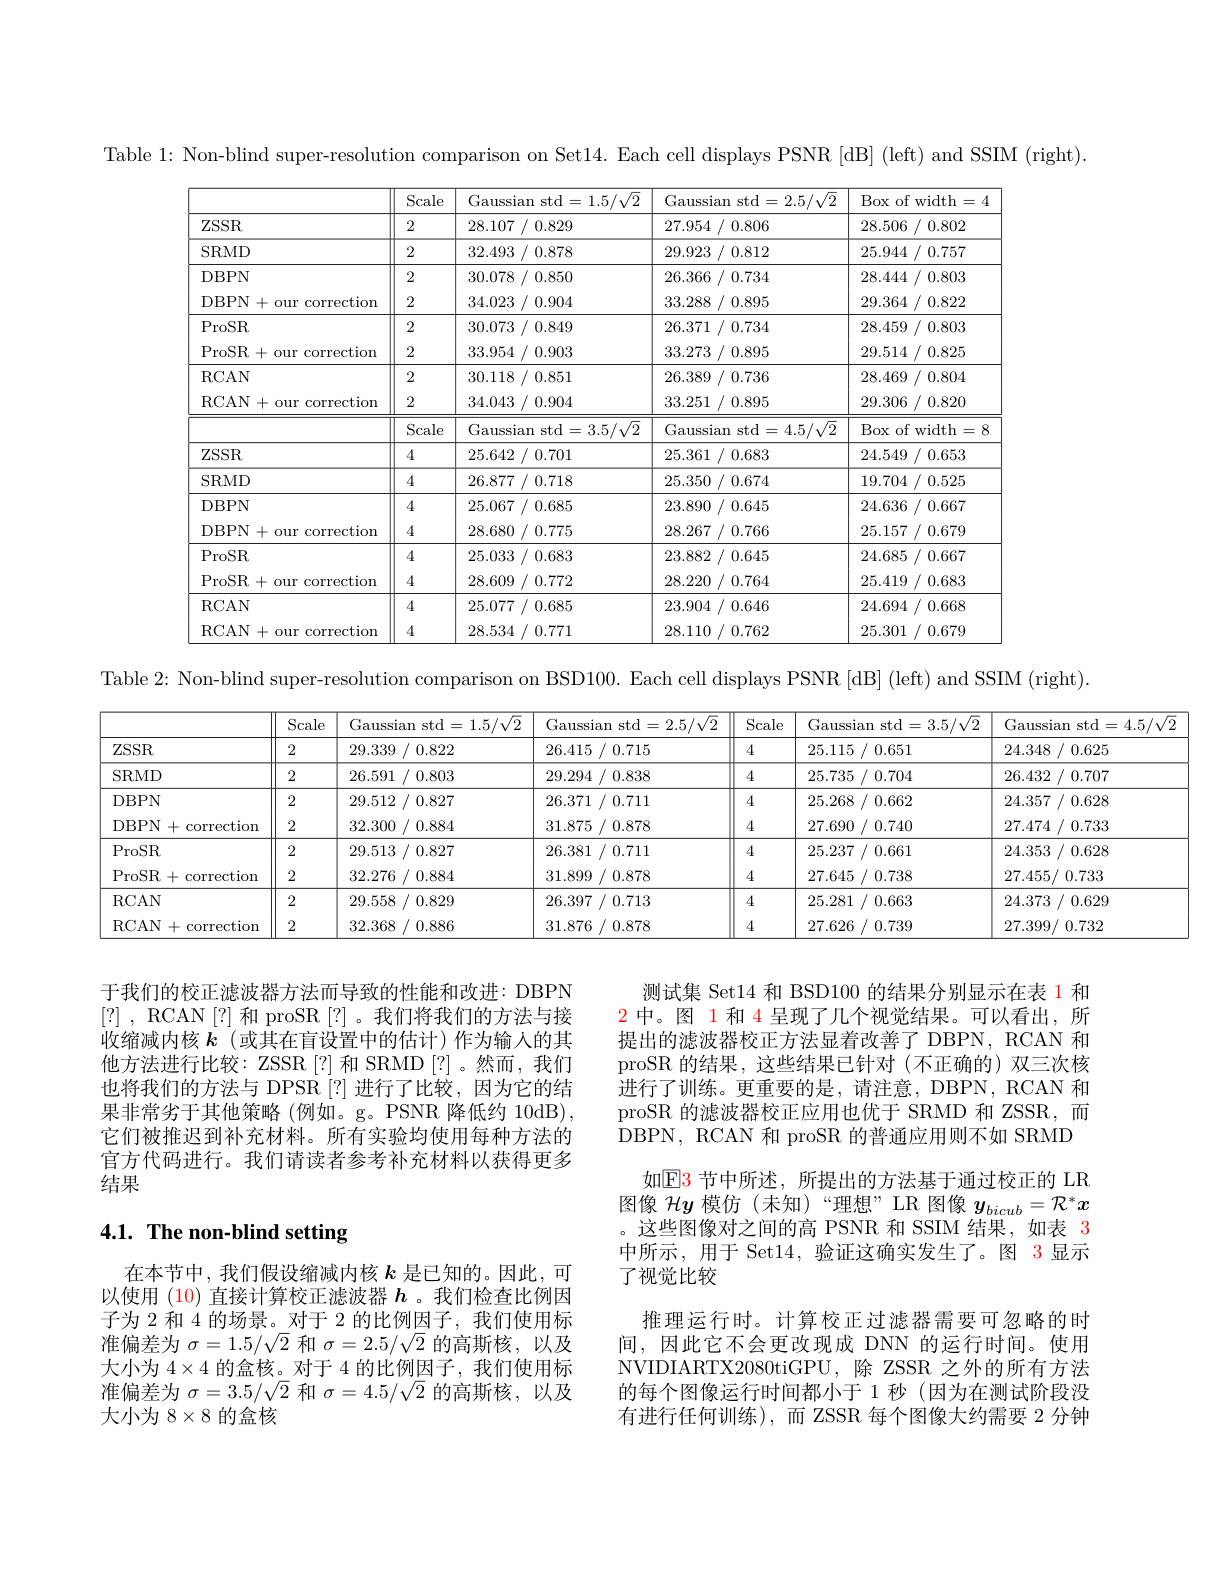
Table 1: Non-blind super-resolution comparison on Set14. Each cell displays PSNR [dB] (left) and SSIM (right).

<table>
	<tbody>
		<tr>
			<th> </th>
			<th>Scale</th>
			<th>Gaussian std$=1.5/\sqrt2$</th>
			<th>Gaussian std$=2.5/\sqrt2$</th>
			<th>Box of width 1= ,</th>
		</tr>
		<tr>
			<td>$ZSSR$</td>
			<td>2</td>
			<td>28.107 7 / 0.829</td>
			<td>27.954 / 0.806</td>
			<td>28.506 {}{}{}{}{}{}{}{}{}{}{}{}{}{}</td>
		</tr>
		<tr>
			<td>SRMD</td>
			<td>2</td>
			<td>32.493 / 0.878</td>
			<td>29.923 / 0.812</td>
			<td>25.944 / 0.757</td>
		</tr>
		<tr>
			<td>DBPN</td>
			<td>2</td>
			<td>30.078 / 0.850</td>
			<td>26.366 6 / 0.734</td>
			<td>28.444 / 0.803</td>
		</tr>
		<tr>
			<td>DBPN+ our correction</td>
			<td>2</td>
			<td>34.023 / 0.904</td>
			<td>33.288 / 0.895</td>
			<td>29.364 1/ 0.822</td>
		</tr>
		<tr>
			<td>ProSR</td>
			<td>2</td>
			<td>30.073 : / 0.849</td>
			<td>26.371 1 / 0.734</td>
			<td>28.459 / 0.803</td>
		</tr>
		<tr>
			<td>ProSR+our correction</td>
			<td>2</td>
			<td>33.954 / 0.903</td>
			<td>33.273 / 0.895</td>
			<td>29.514 4 / 0.825</td>
		</tr>
		<tr>
			<td>RCAN</td>
			<td>2</td>
			<td>30.118 $s$ / 0.851</td>
			<td>26.389 / 0.736</td>
			<td>28.469 / 0.804</td>
		</tr>
		<tr>
			<td>RCAN+ our correction</td>
			<td>2</td>
			<td>34.043 / 0.904</td>
			<td>33.251 / 0.895</td>
			<td>29.306 5 / 0.820</td>
		</tr>
		<tr>
			<td> </td>
			<td>Scale</td>
			<td>Gaussian std$=3.5/\sqrt2$</td>
			<td>Gaussian std= 4. 5/ $\sqrt {2}$</td>
			<td>Box of v width =</td>
		</tr>
		<tr>
			<td>$ZSSR$</td>
			<td>4</td>
			<td>25.642 2 / 0.701</td>
			<td>25.361 / 0.683</td>
			<td>24.549 / 0.653</td>
		</tr>
		<tr>
			<td>SRMD</td>
			<td>4</td>
			<td>26.877 / 0.718</td>
			<td>25.350 / 0.674</td>
			<td>19.704 / 0.525</td>
		</tr>
		<tr>
			<td>DBPN</td>
			<td>4</td>
			<td>25.067 / 0.685</td>
			<td>23.890 / 0.645</td>
			<td>$24.636~/~0.667$</td>
		</tr>
		<tr>
			<td>DBPN+ our correction</td>
			<td>4</td>
			<td>28.680 / 0.775</td>
			<td>28.267 / 0.766</td>
			<td>25.157 / 0.679</td>
		</tr>
		<tr>
			<td>ProSR</td>
			<td>4</td>
			<td>25.033 / 0.683</td>
			<td>23.882 / 0.645</td>
			<td>24.685 / 0.667</td>
		</tr>
		<tr>
			<td>ProSR+our correction</td>
			<td>4</td>
			<td>28.609 / 0.772</td>
			<td>28.220 / 0.764</td>
			<td>25.419 / 0.683</td>
		</tr>
		<tr>
			<td>RCAN</td>
			<td>4</td>
			<td>25.077 / 0.685</td>
			<td>23.904 / 0.646</td>
			<td>24.694 / 0.668</td>
		</tr>
		<tr>
			<td>RCAN 1+ r correction our</td>
			<td>4</td>
			<td>28.534 11 0.771</td>
			<td>28.110 1 0.762</td>
			<td>0.679 25.301</td>
		</tr>
	</tbody>
</table>

Table 2: Non-blind super-resolution comparison on BSD100. Each cell displays PSNR [dB] (left) and SSIM (right).

<table>
	<tbody>
		<tr>
			<th> </th>
			<th>Scale</th>
			<th>Gaussian</th>
			<th>std = $1.5/{\sqrt{2}}$ </th>
			<th>Gaussian std$=2.5/\sqrt2$</th>
			<th>Scale</th>
			<th>Gaussian std= 3. 5/ $\sqrt {2}$ $1^{\prime}$,</th>
			<th>Gaussian s std= 4. 5</th>
		</tr>
		<tr>
			<td>$ZSSR$</td>
			<td>2</td>
			<td>29.339</td>
			<td>0.822</td>
			<td>26.415 / 0.715</td>
			<td>4</td>
			<td>25.115 / 0.651</td>
			<td>24.348 / 0.625</td>
		</tr>
		<tr>
			<td>SRMD</td>
			<td>2</td>
			<td>26.591</td>
			<td>0.803</td>
			<td>29.294 / 0.838</td>
			<td>4</td>
			<td>25.735 5 / 0.704</td>
			<td>26.432 2 / 0.707</td>
		</tr>
		<tr>
			<td>DBPN</td>
			<td>2</td>
			<td>29.512</td>
			<td>0.827</td>
			<td>26.371 1 0.711</td>
			<td>4</td>
			<td>25.268 / 0.662</td>
			<td>24.357 / 0.628</td>
		</tr>
		<tr>
			<td>DBPN $I+c$ 1 $\operatorname{correction}$</td>
			<td>2</td>
			<td>32.300</td>
			<td>0.884</td>
			<td>31.875 / 0.878</td>
			<td>4</td>
			<td>27.690 / 0.740</td>
			<td>27.474 / 0.733</td>
		</tr>
		<tr>
			<td>ProSR</td>
			<td>2</td>
			<td>29.513</td>
			<td>0.827</td>
			<td>26.381 11 0.711</td>
			<td>4</td>
			<td>25.237 / 0.661</td>
			<td>24.353 / 0.628</td>
		</tr>
		<tr>
			<td>ProSR$+ c$ correction</td>
			<td>2</td>
			<td>32.276</td>
			<td>0.884</td>
			<td>31.899 / 0.878</td>
			<td>4</td>
			<td>27.645 / 0.738</td>
			<td>27.455/ 0.733</td>
		</tr>
		<tr>
			<td>RCAN</td>
			<td>2</td>
			<td>29.558</td>
			<td>0.829</td>
			<td>26.397 7 / 0.713</td>
			<td>4</td>
			<td>25.281 / 0.663</td>
			<td>24.373 / 0.629</td>
		</tr>
		<tr>
			<td>RCAN correctiom +</td>
			<td>2</td>
			<td>32.368</td>
			<td>0.886</td>
			<td>31.876 / 0.878</td>
			<td>4</td>
			<td>27.626 / 0.739</td>
			<td>27.399/ 0.732</td>
		</tr>
	</tbody>
</table>

于我们的校正滤波器方法而导致的性能和改进：DBPN [?] , RCAN [ ? ] 和 proSR [?]。我们将我们的方法与接收缩减内核$k$ (或其在盲设置中的估计)作为输入的其他方法进行比较：ZSSR[?] 和 SRMD[?]。然而，我们也将我们的方法与 DPSR [?] 进行了比较，因为它的结果非常劣于其他策略(例如。g。PSNR 降低约 10dB), 它们被推迟到补充材料。所有实验均使用每种方法的官方代码进行。我们请读者参考补充材料以获得更多结果

测试集 Set14 和 BSD100 的结果分别显示在表 1 和$\color{red}2$中。图 1 和 4 呈现了几个视觉结果。可以看出，所提出的滤波器校正方法显着改善了 DBPN, RCAN 和proSR 的结果，这些结果已针对(不正确的)双三次核进行了训练。更重要的是，请注意，DBPN,RCAN 和proSR 的滤波器校正应用也优于 SRMD 和 ZSSR,而DBPN, RCAN 和 proSR 的普通应用则不如 SRMD
如$\mathbb{E}\color{red}{3}$ 节中所述，所提出的方法基于通过校正的 LR 图像$\mathcal{H}y$模仿(未知)“理想” LR 图像$y_bicub=\mathcal{R}^*x$ 。这些图像对之间的高 PSNR 和 SSIM 结果，如表 3中所示，用于 Set14,验证这确实发生了。图 3显示了视觉比较
推理运行时。计算校正过滤器需要可忽略的时间，因此它不会更改现成 DNN 的运行时间。使用NVIDIARTX2080tiGPU,除 ZSSR 之外的所有方法的每个图像运行时间都小于 1 秒 (因为在测试阶段没有进行任何训练),而 ZSSR 每个图像大约需要 2 分钟

## 4.1. The non-blind setting

在本节中，我们假设缩减内核$k$是已知的。因此，可以使用 (10) 直接计算校正滤波器$h$ 。我们检查比例因子为 2 和 4 的场景。对于 2 的比例因子，我们使用标准偏差为$\sigma=1.5/\sqrt{2}$和$\sigma=2.5/\sqrt{2}$的高斯核，以及大小为$4\times4$的盒核。对于 4 的比例因子，我们使用标准偏差为$\sigma=3.5/\sqrt{2}$和$\sigma=4.5/\sqrt{2}$的高斯核，以及大小为$8\times8$的盒核